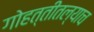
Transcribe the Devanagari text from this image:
गोहत्तीतल्याच